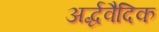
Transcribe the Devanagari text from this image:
अर्द्धवैदिक